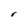
Character: r